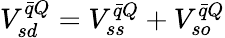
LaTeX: V_{sd}^{\bar{q}Q}=V_{ss}^{\bar{q}Q}+V_{so}^{\bar{q}Q}